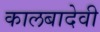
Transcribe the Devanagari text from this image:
कालबादेवी